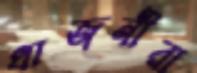
ধাজনীরা